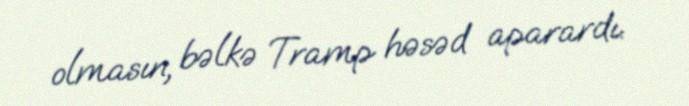
olmasın, bəlkə Tramp həsəd aparardı.